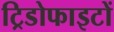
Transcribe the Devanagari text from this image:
ट्रिडोफाइटों